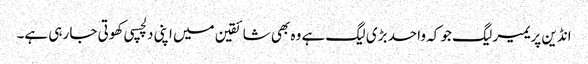
انڈین پریمیر لیگ جو کہ واحد بڑی لیگ ہے وہ بھی شائقین میں اپنی دلچسپی کھوتی جا رہی ہے۔